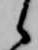
候